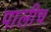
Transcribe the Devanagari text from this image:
पालीच